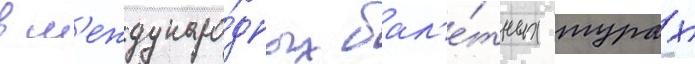
в м'еждунаро́дных бал'е́тных турах